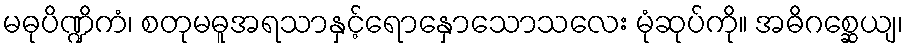
မဓုပိဏ္ဍိကံ၊ စတုမဓူအရသာနှင့်ရောနှောသောသလေး မုံဆုပ်ကို။ အဓိဂစ္ဆေယျ၊